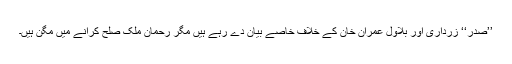
’’صدر‘‘ زرداری اور بلاول عمران خان کے خلاف خاصے بیان دے رہے ہیں مگر رحمان ملک صلح کرانے میں مگن ہیں۔